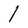
Character: l